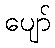
ပျော်